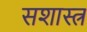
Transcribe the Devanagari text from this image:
सशास्त्र